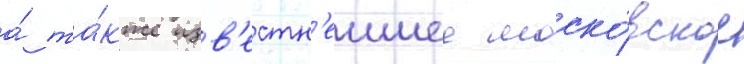
а́ та́кже изв'естн'еишее моско́вское